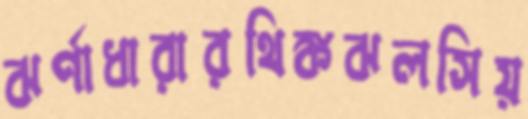
ঝর্ণাধারারথিঙ্কঝলসিয়